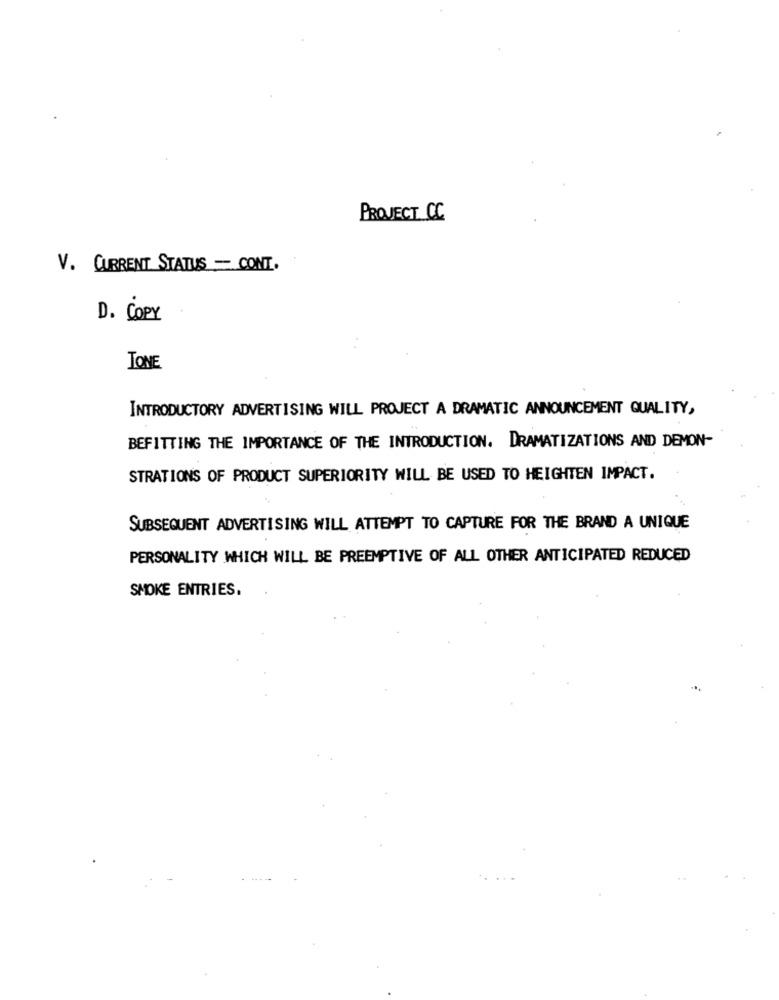
PROJECT CC
V. CURRENT STATUS - CONT.
D . COPY
..
TONE
INTRODUCTORY ADVERTISING WILL PROJECT A DRAMATIC ANNOUNCEMENT QUALITY,
BEFITTING THE IMPORTANCE OF THE INTRODUCTION. DRAMATIZATIONS AND DEMON-
STRATIONS OF PRODUCT SUPERIORITY WILL BE USED TO HEIGHTEN IMPACT.
SUBSEQUENT ADVERTISING WILL ATTEMPT TO CAPTURE FOR THE BRAND A UNIQUE
PERSONALITY WHICH WILL BE PREEMPTIVE OF ALL OTHER ANTICIPATED REDUCED
SMOKE ENTRIES.